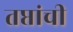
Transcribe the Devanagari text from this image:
तप्तांची